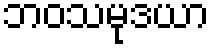
ဘဝသမုဒယာ